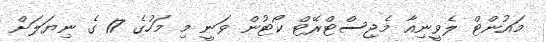
މައުންޓް ލެވީނިއާ މެޖިސްޓްރޭޓް ކޯޓުން ވަނީ މި މަހުގެ 17 ގެ ނިޔަލަށް